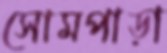
সোমপাড়া